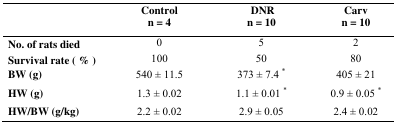
|  | Control n = 4 | DNR n = 10 | Carv n = 10 |
 | --- | --- | --- | --- |
 | No. of rats died | 0 | 5 | 2 |
 | Survival rate (%) | 100 | 50 | 80 |
 | BW (g) | 540 ± 11.5 | 373 ± 7.4 * | 405 ± 21 |
 | HW (g) | 1.3 ± 0.02 | 1.1 ± 0.01 * | 0.9 ± 0.05 * |
 | HW/BW (g/kg) | 2.2 ± 0.02 | 2.9 ± 0.05 | 2.4 ± 0.02 |